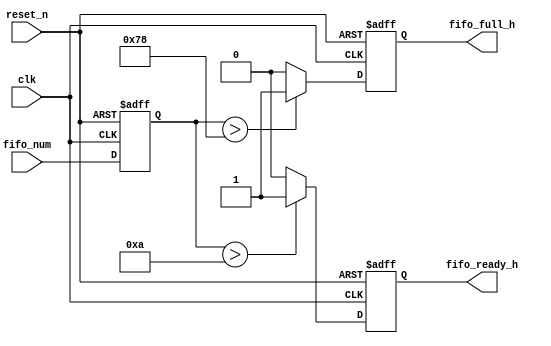
module CheckhHeadFifoFull(
						input clk,
						input reset_n,
						
						input [7 : 0] fifo_num,
						
						output reg fifo_full_h,
						output reg fifo_ready_h
);
	reg [7 : 0] fifo_num_reg;
	always @ (posedge clk or negedge reset_n)
	begin
		if (!reset_n)
			fifo_num_reg <= 8'd0;
		else
			fifo_num_reg <= fifo_num;
	end 
	
	parameter [8 : 0] max_num = 8'd120;
	always @ (posedge clk or negedge reset_n)
	begin
		if (!reset_n)
			fifo_full_h <= 1'b0;
		else if (fifo_num_reg > max_num)
			fifo_full_h <= 1'b1;
		else
			fifo_full_h <= 1'b0;
	end 
	
	parameter [8 : 0] min_num = 8'd10;
	always @ (posedge clk or negedge reset_n)
	begin
		if (!reset_n)
			fifo_ready_h <= 1'b0;
		else if (fifo_num_reg > min_num)
			fifo_ready_h <= 1'b1;
		else
			fifo_ready_h <= 1'b0;
	end 
	
endmodule